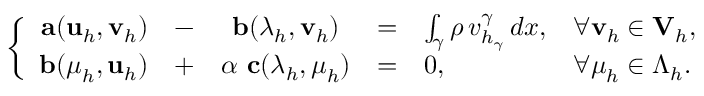
\left\{ \begin{array} { r c c c l l } { { \bf a } ( { \bf u } _ { h } , { \bf v } _ { h } ) } & { - } & { { \bf b } ( \boldsymbol \lambda _ { h } , { \bf v } _ { h } ) } & { = } & { \int _ { \gamma } \rho \, v _ { h _ { \gamma } } ^ { \gamma } \, d x , } & { \forall { \bf v } _ { h } \in { \bf V } _ { h } , } \\ { { \bf b } ( \boldsymbol \mu _ { h } , { \bf u } _ { h } ) } & { + } & { \alpha \ { \bf c } ( \boldsymbol \lambda _ { h } , \boldsymbol \mu _ { h } ) } & { = } & { 0 , } & { \forall \boldsymbol \mu _ { h } \in \boldsymbol \Lambda _ { h } . } \end{array} \right.